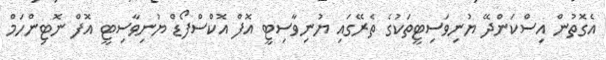
އެގޮތުން އިސްކަންދޭ ޔުނިވަސިޓީތަކުގެ ތެރޭގައި ޔުނިވާސިޓީ އޮފް އޮކްސްފޯޑް ޔުނިވާސިޓީ އޮފް ނޮޓިންހަމް